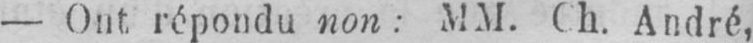
- Ont, répondu non: MM. Ch. André,